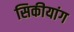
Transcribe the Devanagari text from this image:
सिकीयांग